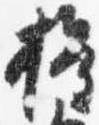
権